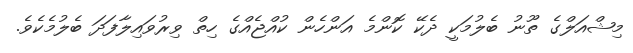
މިޝްއަލްގެ ތޫނު ބެލުމަކީ ދެކޭ ކޮންމެ އަންހެން ކުއްޖެއްގެ ހިތް ވިރުވައިލާފަދަ ބެލުމެކެވެ.